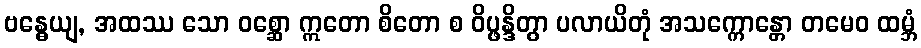
ဗန္ဓေယျ, အထဿ သော ဝစ္ဆော ဣတော စိတော စ ဝိပ္ဖန္ဒိတွာ ပလာယိတုံ အသက္ကောန္တော တမေဝ ထမ္ဘံ